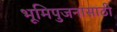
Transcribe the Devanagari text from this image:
भूमिपुजनासाठी